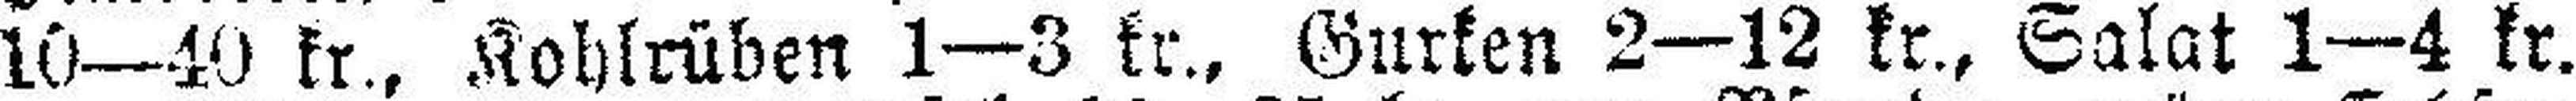
10—40 kr., Kohlrüben 1—3 kr., Gurken 2—12 kr., Salat 1—4 kr.